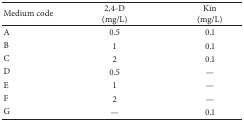
<table><thead><tr><td><b>Medium code</b></td><td><b>2,4-D(mg/L)</b></td><td><b>Kin(mg/L)</b></td></tr></thead><tbody><tr><td>A</td><td>0.5</td><td>0.1</td></tr><tr><td>B</td><td>1</td><td>0.1</td></tr><tr><td>C</td><td>2</td><td>0.1</td></tr><tr><td>D</td><td>0.5</td><td>—</td></tr><tr><td>E</td><td>1</td><td>—</td></tr><tr><td>F</td><td>2</td><td>—</td></tr><tr><td>G</td><td>—</td><td>0.1</td></tr></tbody></table>